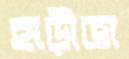
হাড়ীভা